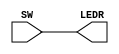
module ledyak(SW,LEDR);
	
	 input [17:0] SW;
	 output[17:0] LEDR;
	 assign LEDR = SW;

endmodule